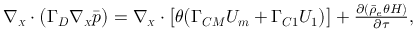
\begin{array} { r } { { \boldsymbol { \nabla _ { \scriptscriptstyle X } } \cdot \bigl ( \boldsymbol { \Gamma _ { D } } \boldsymbol { \nabla _ { \scriptscriptstyle X } } \Bar { p } \bigr ) } = \boldsymbol { \nabla _ { \scriptscriptstyle X } } \cdot \bigl [ \theta \bigl ( \boldsymbol { \Gamma _ { C M } } \boldsymbol { U _ { m } } + \boldsymbol { \Gamma _ { C 1 } } \boldsymbol { U _ { 1 } } \bigr ) \bigr ] + { \frac { \partial \left( \bar { \rho } _ { e } \theta H \right) } { \partial \tau } } , } \end{array}